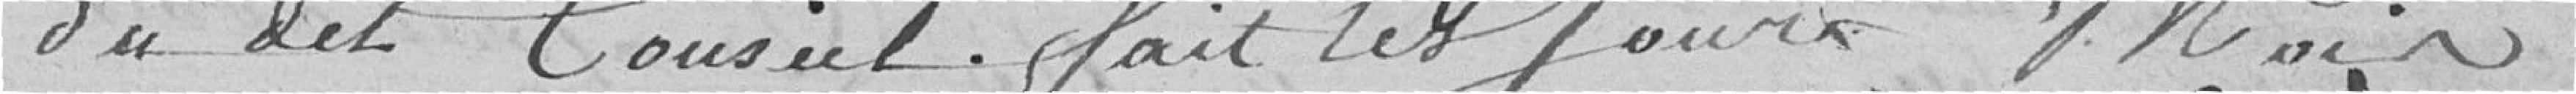
du dit Conseil. fait les Jour Mois